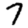
Digit: 7